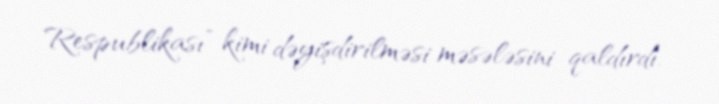
Respublikası” kimi dəyişdirilməsi məsələsini qaldırdı.